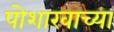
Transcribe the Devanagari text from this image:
पोशाखाच्या